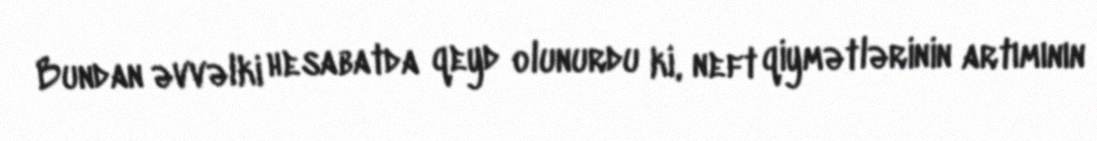
Bundan əvvəlki hesabatda qeyd olunurdu ki, neft qiymətlərinin artımının